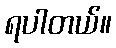
ရပါတယ်။